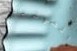
الصوتية